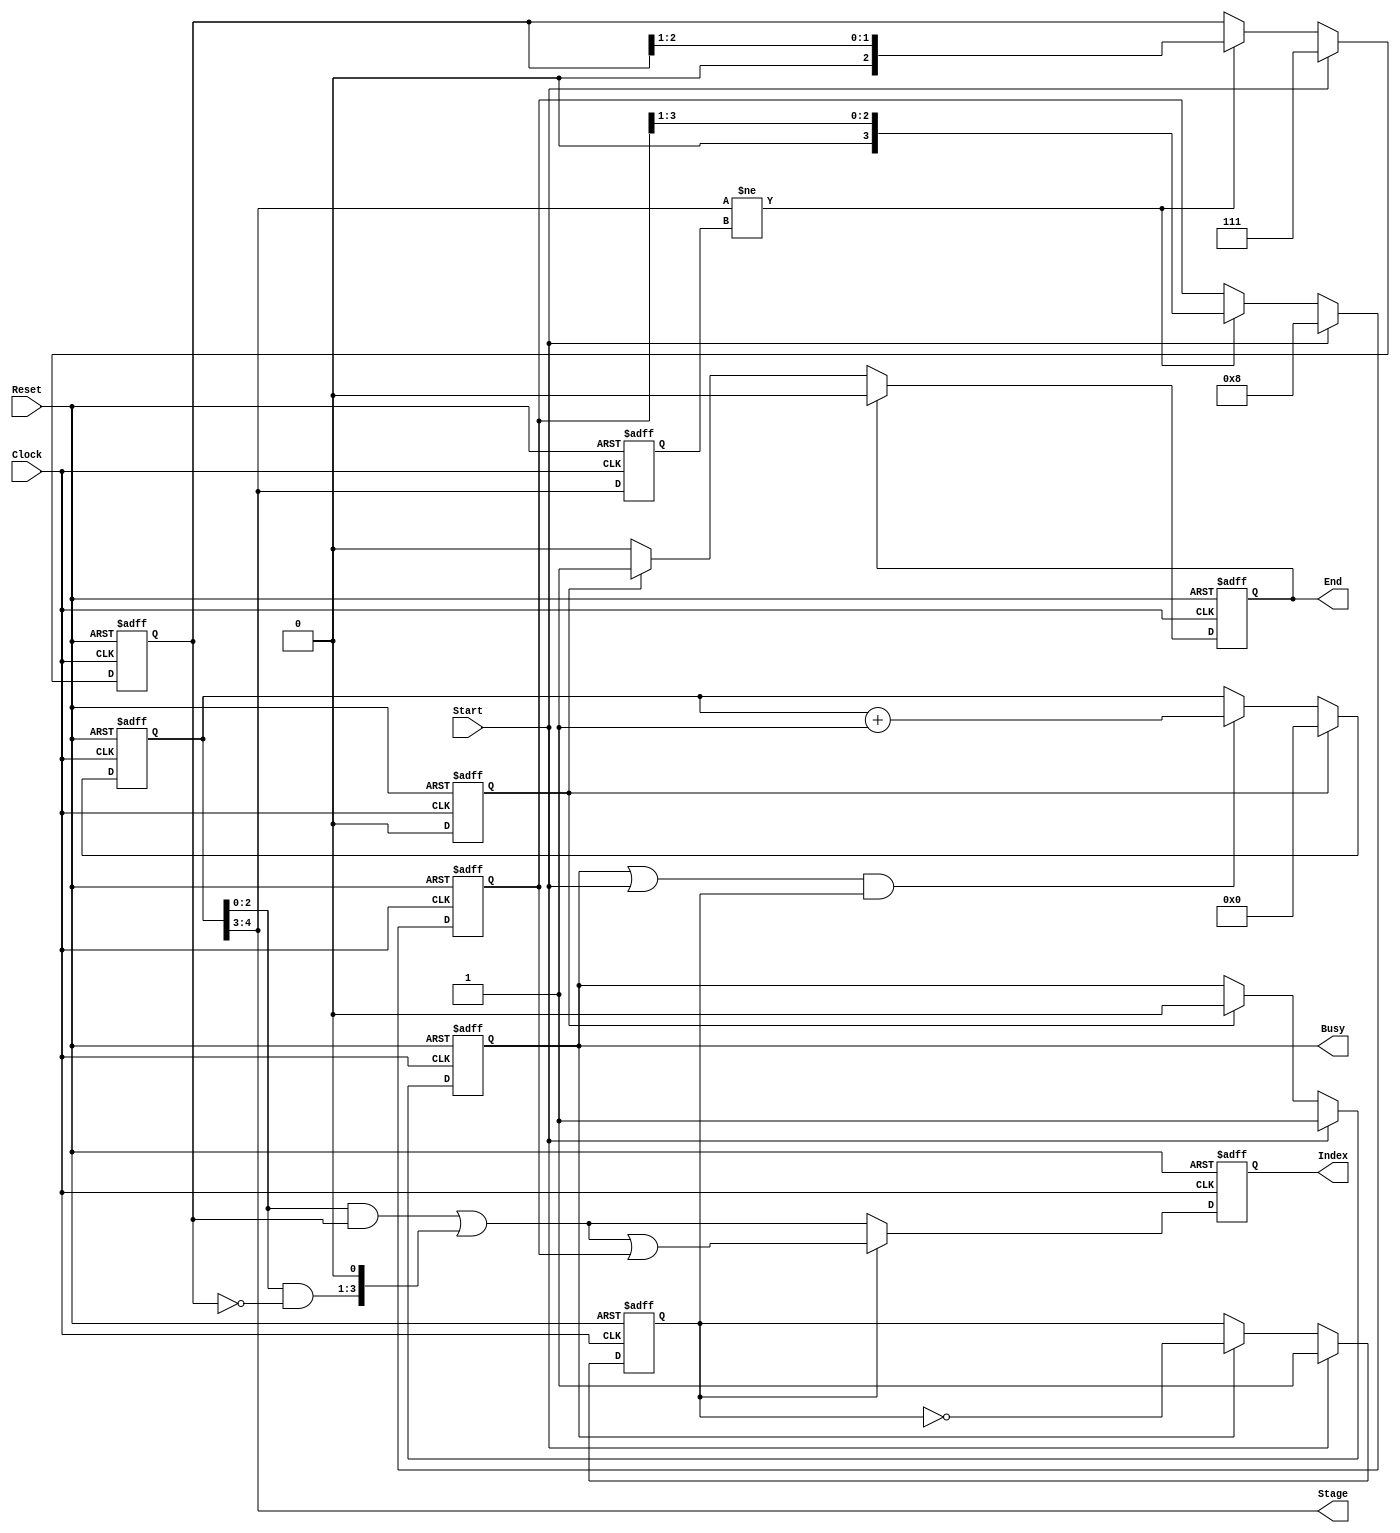
//FFT Radix2 DIT Indexmodule
//A-BIndex
/*
FFTIndexer_R2 #(.bw_fftp(bw_fftp),.bw_stage(bw_stage)) 
	indexer(.Clock(Clock),Reset(Reset),.Index(),Start(),.Busy(),.End());
*/
module FFTIndexer_R2 #(
	////////////////////////////////////////////////////
	// Parameters
	parameter bw_fftp = 4,		//Bit width of output index
	parameter bw_stage = 2		//bw_fftp
)
(
	////////////////////////////////////////////////////
	// Ports
	input Clock,Reset,Start,
	output [bw_stage-1:0] Stage,
	output reg [bw_fftp-1:0] Index,
	output reg Busy,End
);
	localparam bw_count = bw_fftp+bw_stage;
	
	////////////////////////////////////////////////////
	// Registers
	reg rEnd;
	reg [bw_count-2:0] Count;
	reg [bw_fftp-2:0] rMask;
	reg [bw_fftp-1:0] rMaskB;
	reg [bw_stage-1:0] rStage;
	reg rSW;
	////////////////////////////////////////////////////
	// Net
	
	wire [bw_count-1:0] wCount		= Count + 1'b1;
	wire [bw_fftp-1:0] Pre_IndexA	=
	(Count[bw_fftp-2:0]&rMask)|({Count[bw_fftp-2:0]&(~rMask),1'b0});
	
	wire [bw_fftp-1:0] Pre_IndexB	= Pre_IndexA | rMaskB;
	
	assign	Stage		= Count[bw_count-2:bw_fftp-1];
	wire	wEnd		= (Stage == bw_fftp);
	
	always@(posedge Clock or posedge Reset) begin
		if(Reset) begin
			Busy		<= 1'b0;
			End			<= 1'b0;
			rEnd		<= 1'b0;
			rStage		<= 1'b0;
			Count		<= 1'b0;
			rMask		<= {(bw_fftp-1){1'b1}};
			rMaskB		<= 1'b1<<(bw_fftp-1);
			rSW			<= 1'b0;
			Index		<= 1'b0;
		end else begin
			if(Start)
				Busy	<= 1'b1;
			else if (rEnd)
				Busy	<= 1'b0;
				
			if(rEnd)
				rEnd		<= 1'b0;
			else if(wEnd)
				rEnd		<= 1'b1;
			
			if (End)
				End		<= 1'b0;
			else if(rEnd) begin
				End		<= 1'b1;
			end
				
			if(wEnd || rEnd)
				Count	<= 0;
			else if((Busy||Start) && rSW) begin	
				Count	<= wCount[bw_count-2:0];
			end
			
			if(Start)
				rSW			<= 1'b1;
			else if(Busy)
				rSW			<= ~rSW;
					
			if(!rSW)
				Index	<= Pre_IndexA;
			else
				Index	<= Pre_IndexB;
				
			rStage	<= Stage;
			
			if(Start) begin
				rMaskB		<= 1'b1<<(bw_fftp-1);
				rMask		<= {(bw_fftp-1){1'b1}};
			end else if(Stage != rStage) begin
				rMask		<= rMask	>> 1;
				rMaskB		<= rMaskB	>> 1;
			end
				
		end
	end
endmodule